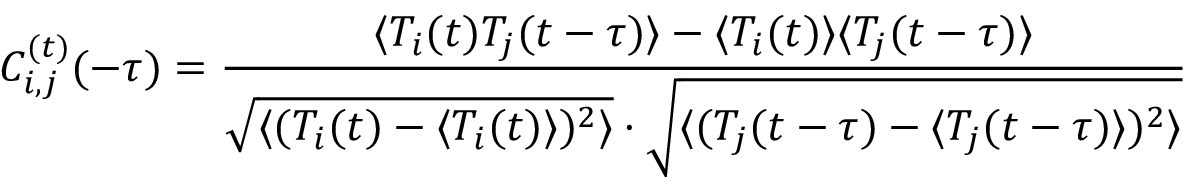
C _ { i , j } ^ { ( t ) } ( - \tau ) = \frac { \langle T _ { i } ( t ) T _ { j } ( t - \tau ) \rangle - \langle T _ { i } ( t ) \rangle \langle T _ { j } ( t - \tau ) \rangle } { \sqrt { \langle ( T _ { i } ( t ) - \langle T _ { i } ( t ) \rangle ) ^ { 2 } \rangle } \cdot \sqrt { \langle ( T _ { j } ( t - \tau ) - \langle T _ { j } ( t - \tau ) \rangle ) ^ { 2 } \rangle } }